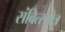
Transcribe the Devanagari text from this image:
संवित्स्तोत्र